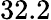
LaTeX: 32.2